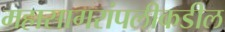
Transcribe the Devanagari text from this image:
महासागरांपलीकडील